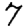
Digit: 7